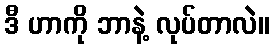
ဒီ ဟာကို ဘာနဲ့ လုပ်တာလဲ။